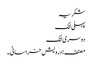
شکریہ
پہلی لنک
دوسری لنک
مصنف : درویش خراسانی۔